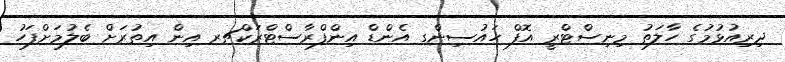
ދިރިއުޅުމުގެ ހާލަތު މިނިސްޓްރީ އޮފް ހައުސިންގ އެންޑް އިންފްރާސްޓްރަކްޗރ އިން އިތުރަށް ބެލުމަށްފަހު